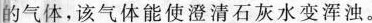
旳气体，该气体能使澄清石灰水变浑浊。